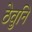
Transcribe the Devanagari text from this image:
ठेवुनि